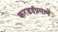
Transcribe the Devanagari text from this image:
करडईप्रमाणे